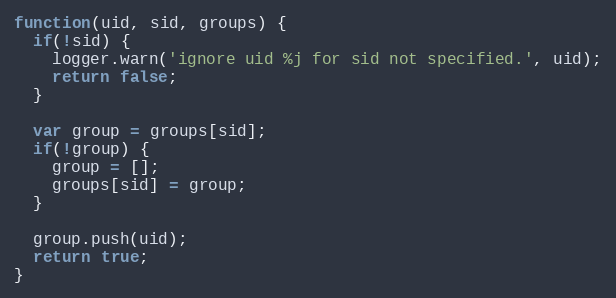
Language: JavaScript
function(uid, sid, groups) {
  if(!sid) {
    logger.warn('ignore uid %j for sid not specified.', uid);
    return false;
  }

  var group = groups[sid];
  if(!group) {
    group = [];
    groups[sid] = group;
  }

  group.push(uid);
  return true;
}